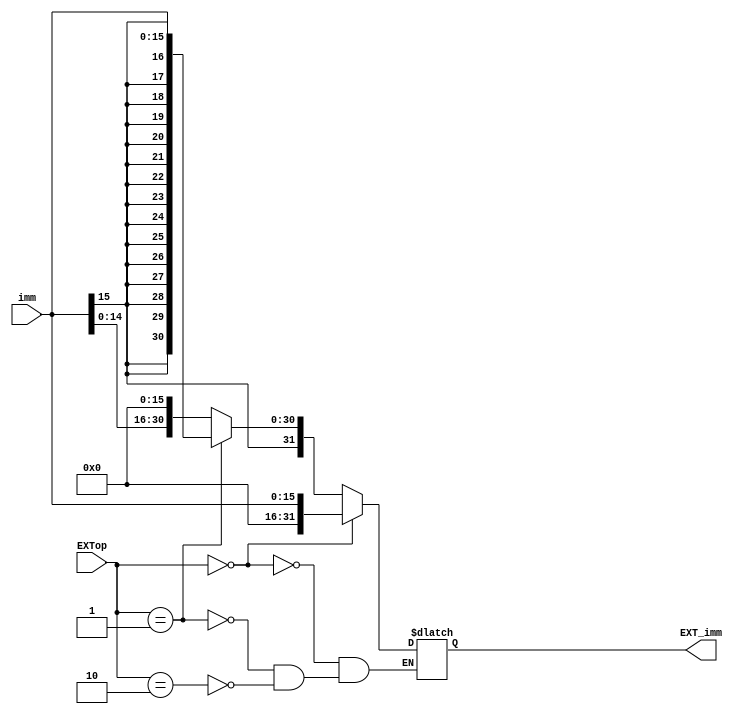
`timescale 1ns / 1ps
//////////////////////////////////////////////////////////////////////////////////
// Company: 
// Engineer: 
// 
// Design Name: 
// Module Name:    EXT 
// Project Name: 
// Target Devices: 
// Tool versions: 
// Description: 
//
// Dependencies: 
//
// Revision: 
// Revision 0.01 - File Created
// Additional Comments: 
//
//////////////////////////////////////////////////////////////////////////////////
module EXT(
    input [15:0] imm,
	 input [1:0] EXTop,
    output reg[31:0] EXT_imm
    );
    
	 always@(*)begin
	   if(EXTop==0)
		  EXT_imm<={16'b0,imm};//0-ext
		else if(EXTop==1)
		  EXT_imm<={{16{imm[15]}},imm};//signed-ext
		else if(EXTop==2)
		  EXT_imm<={imm,16'b0};//lui
	 end

endmodule